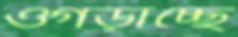
ওগড়াচ্ছে